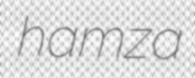
hamza